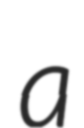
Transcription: a